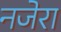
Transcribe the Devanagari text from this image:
नजेरा